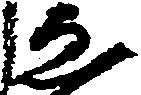
ゑ